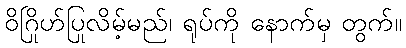
ဝိဂြိုဟ်ပြုလိမ့်မည်၊ ရုပ်ကို နောက်မှ တွက်။